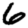
Digit: 6